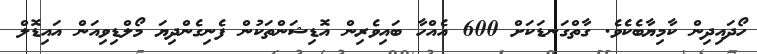
ހޯދައިދިން ކާމިޔާބެކެވެ. ގާތްގަނޑަކަށް 600 އެއްހާ ބައިވެރިން އޮޑިޝަންތަކުން ފެނިގެންދިޔަ މޯލްޑިވިއަން އައިޑޮލް